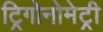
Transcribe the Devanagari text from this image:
ट्रिगोनोमेट्री